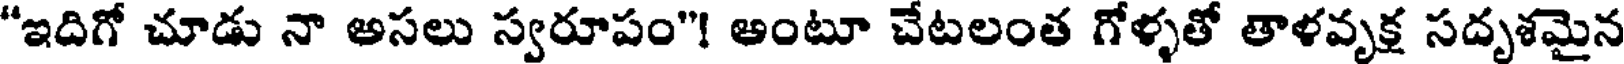
"ఇదిగో చూడు నా అసలు స్వరూపం"! అంటూ చేటలంత గోళ్ళతో తాళవృక్ష సదృశమైన